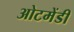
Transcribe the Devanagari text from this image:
ओटमेंडी